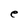
Character: e